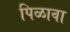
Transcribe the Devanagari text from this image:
पिळावा